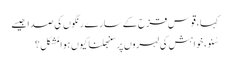
کہا ، قوسِ قزح کے سارے رنگوں کی صدا جیسے
سُنو ، خواہش کی لہروں پر سنبھلنا کیوں ہوا مُشکل ؟